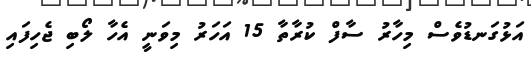
އަޅުގަނޑުވެސް މިހާރު ސާފް ކުރާތާ 15 އަހަރު މިވަނީ އެހާ ލޯބި ޖެހިފައި